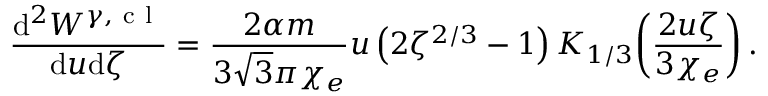
\frac { \mathrm { d } ^ { 2 } W ^ { \gamma , \mathrm { ~ c ~ l ~ } } } { \mathrm { d } u \mathrm { d } \zeta } = \frac { 2 \alpha m } { 3 \sqrt { 3 } \pi \chi _ { e } } u \left( 2 \zeta ^ { 2 / 3 } - 1 \right) K _ { 1 / 3 } \! \left( \frac { 2 u \zeta } { 3 \chi _ { e } } \right) .